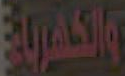
والكهربية